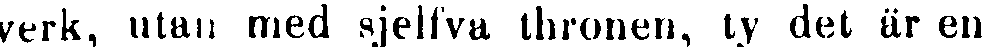
verk, utan med sjeflva thnonen, ty det är en